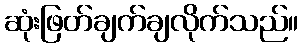
ဆုံးဖြတ်ချက်ချလိုက်သည်။